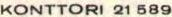
KONTTORI 21 589